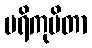
ပရိကုပိတာ